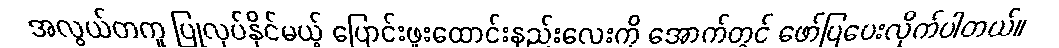
အလွယ်တကူ ပြုလုပ်နိုင်မယ့် ပြောင်းဖူးထောင်းနည်းလေးကို အောက်တွင် ဖော်ပြပေးလိုက်ပါတယ်။